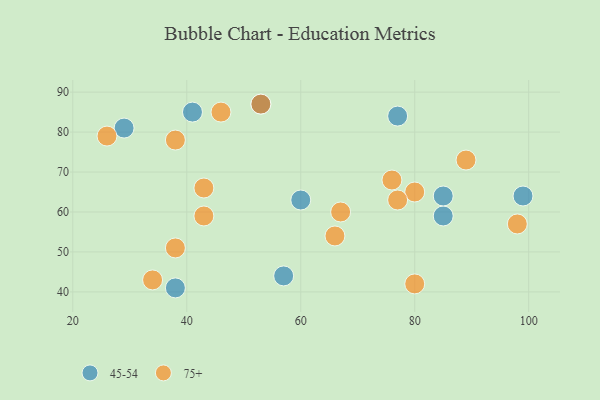
{"axis": {"x": "GDP", "y": "Life Expectancy"}, "legend": ["45-54", "75+"], "data": [{"x": "77", "y": 84, "type": "45-54"}, {"x": "53", "y": 87, "type": "45-54"}, {"x": "29", "y": 81, "type": "45-54"}, {"x": "85", "y": 59, "type": "45-54"}, {"x": "99", "y": 64, "type": "45-54"}, {"x": "41", "y": 85, "type": "45-54"}, {"x": "60", "y": 63, "type": "45-54"}, {"x": "57", "y": 44, "type": "45-54"}, {"x": "85", "y": 64, "type": "45-54"}, {"x": "38", "y": 41, "type": "45-54"}, {"x": "46", "y": 85, "type": "75+"}, {"x": "43", "y": 66, "type": "75+"}, {"x": "67", "y": 60, "type": "75+"}, {"x": "34", "y": 43, "type": "75+"}, {"x": "66", "y": 54, "type": "75+"}, {"x": "98", "y": 57, "type": "75+"}, {"x": "76", "y": 68, "type": "75+"}, {"x": "89", "y": 73, "type": "75+"}, {"x": "80", "y": 65, "type": "75+"}, {"x": "80", "y": 42, "type": "75+"}, {"x": "53", "y": 87, "type": "75+"}, {"x": "38", "y": 78, "type": "75+"}, {"x": "26", "y": 79, "type": "75+"}, {"x": "43", "y": 59, "type": "75+"}, {"x": "77", "y": 63, "type": "75+"}, {"x": "38", "y": 51, "type": "75+"}]}